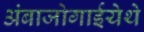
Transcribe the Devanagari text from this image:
अंबाजोगाईयेथे